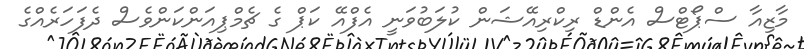
މާޒިއާ ސްޕޯޓްސް އެންޑް ރިކްރިއޭޝަން ކުލަބުވަނީ އެފްއޭ ކަޕް ގެ ޗެމްޕިއަންކަންވެސް ދެފަހަރެއްގެ